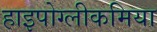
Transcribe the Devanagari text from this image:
हाइपोग्लीकमिया